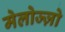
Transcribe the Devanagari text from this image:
मेलोज्ज़ो